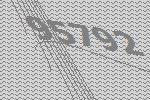
95792